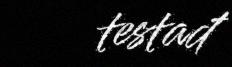
testađ